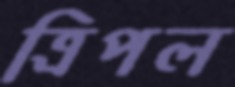
ত্রিপল